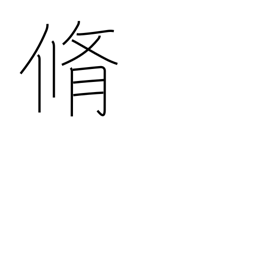
Meaning: dried meat